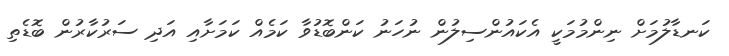
ކަނޑާލުމަށް ނިންމުމަކީ އެކައުންސިލުން ނުހަނު ކަންބޮޑުވާ ކަމެއް ކަމަށާއި އަދި ސަރުކާރުން ބޮޑެތި